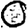
Digit: 0